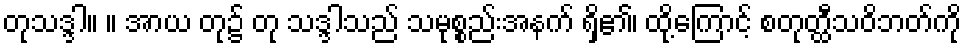
တုသဒ္ဒါ။ ။ အာယ တု၌ တု သဒ္ဒါသည် သမုစ္စည်းအနက် ရှိ၏၊ ထို့ကြောင့် စတုတ္ထီသဝိဘတ်ကို